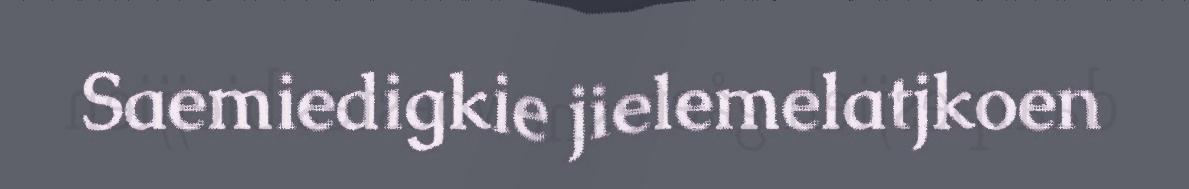
Saemiedigkie jielemelatjkoen